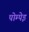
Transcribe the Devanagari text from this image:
पोम्पेइ